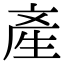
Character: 產